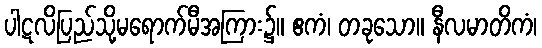
ပါဋလိပြည်သို့မရောက်မီအကြား၌။ ဧကံ၊ တခုသော။ နီလမာတိကံ၊